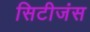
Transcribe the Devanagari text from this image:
सिटीजंस